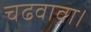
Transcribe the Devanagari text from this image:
चढवावा।